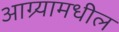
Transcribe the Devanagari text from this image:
आग्र्यामधील